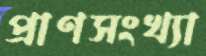
প্রাণসংখ্যা